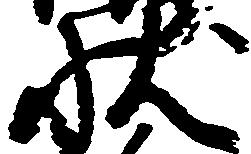
状